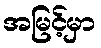
အမြင့်မှာ